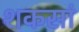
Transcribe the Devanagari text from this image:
शकसां